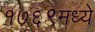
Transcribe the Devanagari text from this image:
१७६९मध्ये